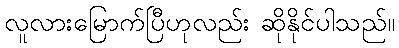
လူလားမြောက်ပြီဟုလည်း ဆိုနိုင်ပါသည်။